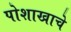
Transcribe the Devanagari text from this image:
पोशाखाचे